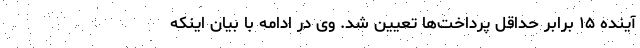
آینده ۱۵ برابر حداقل پرداخت‌ها تعیین شد. وی در ادامه با بیان اینکه